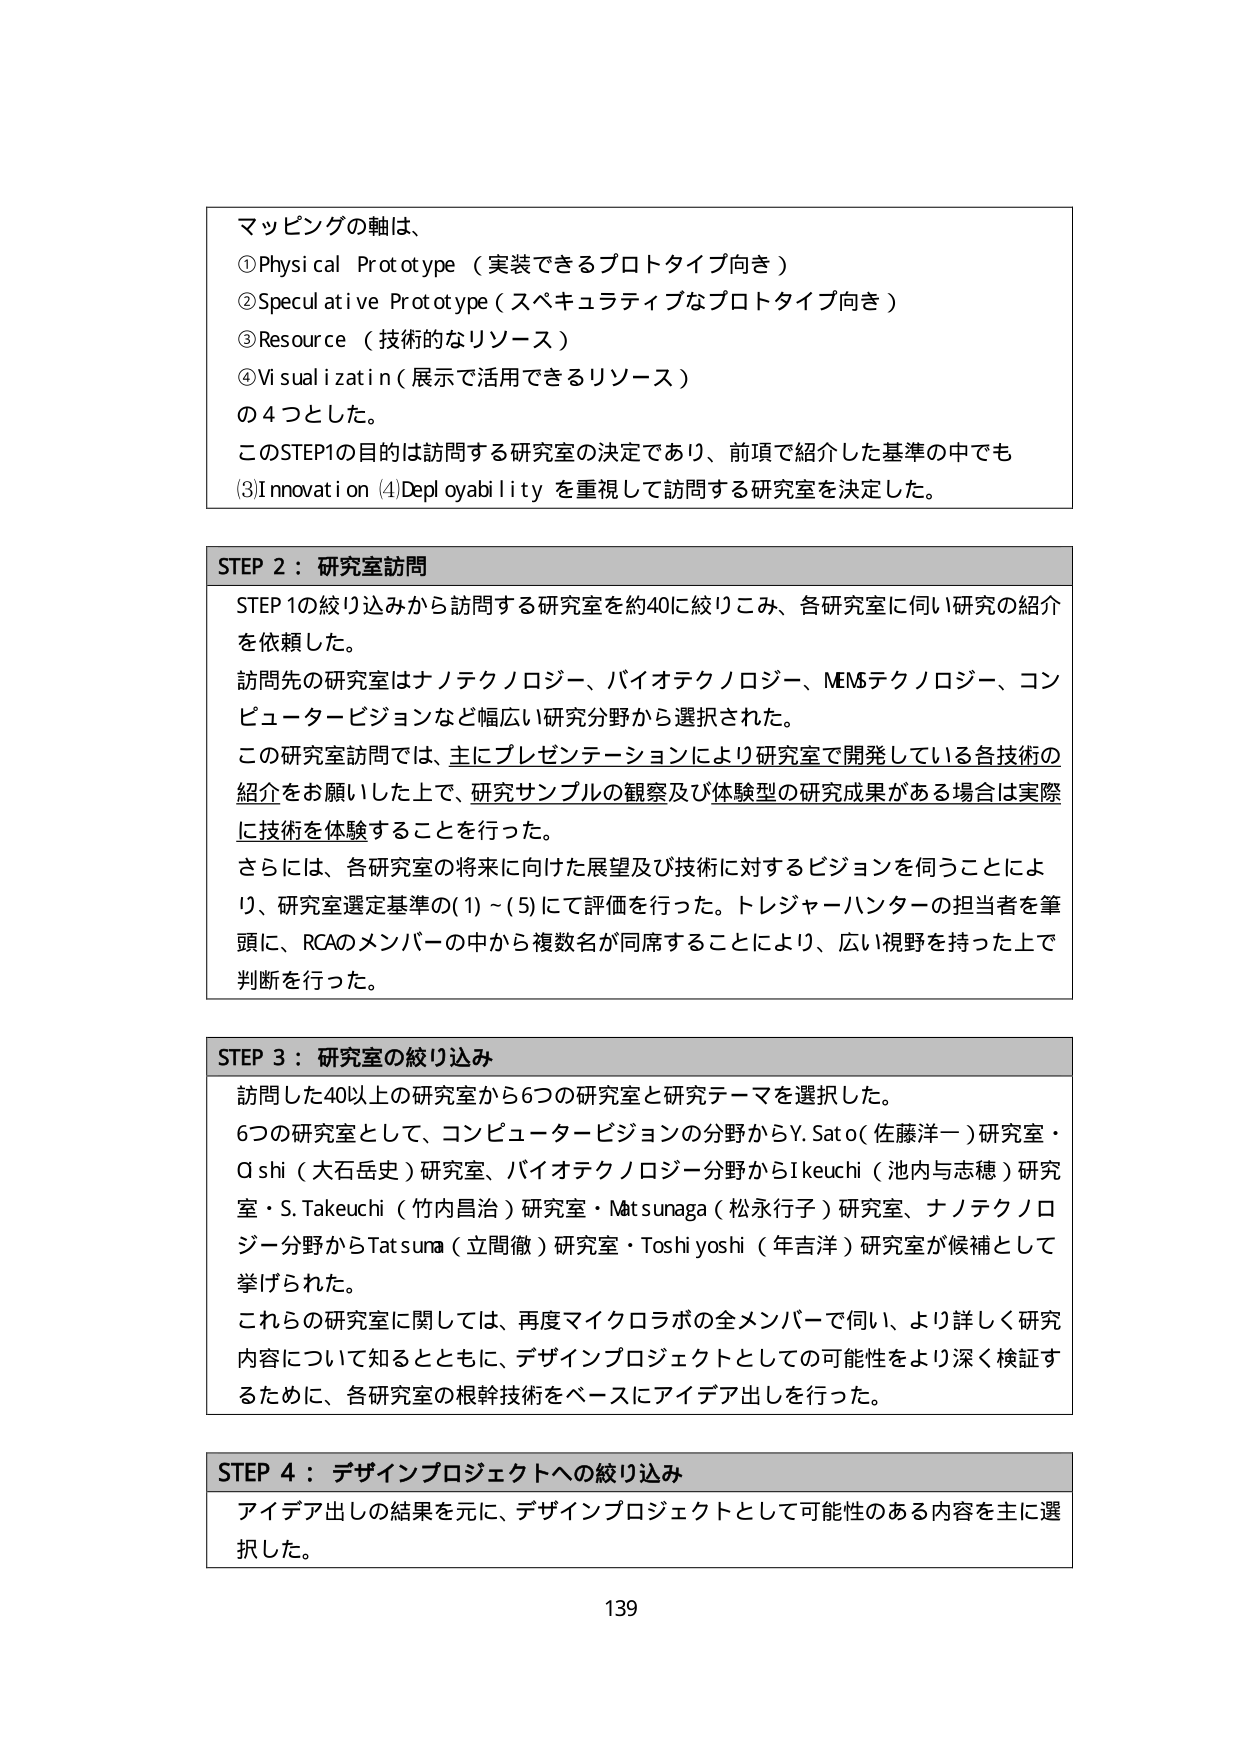
マッピングの軸は、
①Physical Prototype（実装できるプロトタイプ向き）
②Speculative Prototype（スペキュラティブなプロトタイプ向き）
③Resource（技術的なリソース）
④Visualization（展示で活用できるリソース）
の4つとした。
このSTEP1の目的は訪問する研究室の決定であり、前項で紹介した基準の中でも
③Innovation ④Deployability を重視して訪問する研究室を決定した。

STEP 2：研究室訪問
STEP1の絞り込みから訪問する研究室を約40に絞りこみ、各研究室に伺い研究の紹介
を依頼した。
訪問先の研究室はナノテクノロジー、バイオテクノロジー、MEMSテクノロジー、コン
ピュータビジョンなど幅広い研究分野から選択された。
この研究室訪問では、主にプレゼンテーションにより研究室で開発している各技術の
紹介をお願いした上で、研究サンプルの観察及び体験型の研究成果がある場合は実際
に技術を体験することを行った。
さらには、各研究室の将来に向けた展望及び技術に対するビジョンを伺うことによ
り、研究室選定基準の(1)～(5)にて評価を行った。トレジャーハンターの担当者を筆
頭に、RCAのメンバーの中から複数名が同席することにより、広い視野を持った上で
判断を行った。

STEP 3：研究室の絞り込み
訪問した40以上の研究室から6つの研究室と研究テーマを選択した。
6つの研究室として、コンピュータビジョンの分野からY.Sato（佐藤洋一）研究室・
Oshi（大石岳史）研究室、バイオテクノロジー分野からIkeuchi（池内与志穂）研究
室・S.Takeuchi（竹内昌治）研究室・Matsunaga（松永行子）研究室、ナノテクノロ
ジー分野からTatsuna（立間徹）研究室・Toshiyoshi（年吉洋）研究室が候補として
挙げられた。
これらの研究室に関しては、再度マイクロラボの全メンバーで伺い、より詳しく研究
内容について知るとともに、デザインプロジェクトとしての可能性をより深く検証す
るために、各研究室の根幹技術をベースにアイデア出しを行った。

STEP 4：デザインプロジェクトへの絞り込み
アイデア出しの結果を元に、デザインプロジェクトとして可能性のある内容を主に選
択した。

139